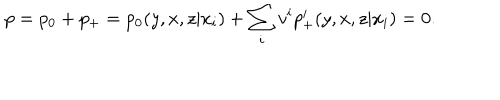
LaTeX: p = p _ { 0 } + p _ { + } = p _ { 0 } ( y , x , z | x _ { i } ) + \sum _ { i } v ^ { i } p _ { + } ^ { i } ( y , x , z | x _ { i } ) = 0 .